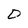
Character: D